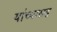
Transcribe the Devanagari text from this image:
यांंच्यासह